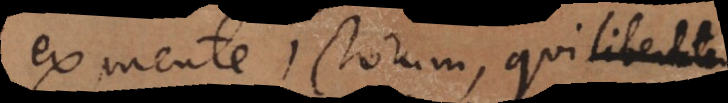
ex mente Jurisconsultorum, qui libertatem